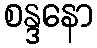
စန္ဒနော